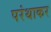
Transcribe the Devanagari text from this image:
परंथाकर